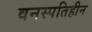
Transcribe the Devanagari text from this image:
वनस्‍पतिहीन